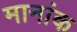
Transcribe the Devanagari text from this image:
मानांक